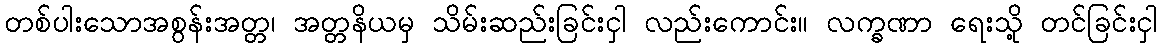
တစ်ပါးသောအစွန်းအတ္တ၊ အတ္တနိယမှ သိမ်းဆည်းခြင်းငှါ လည်းကောင်း။ လက္ခဏာ ရေးသို့ တင်ခြင်းငှါ